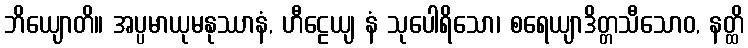
ဘိယျောတိ။ အပ္ပမာယုမနုဿာနံ, ဟီဠေယျ နံ သုပေါရိသော၊ စရေယျာဒိတ္တသီသောဝ, နတ္ထိ